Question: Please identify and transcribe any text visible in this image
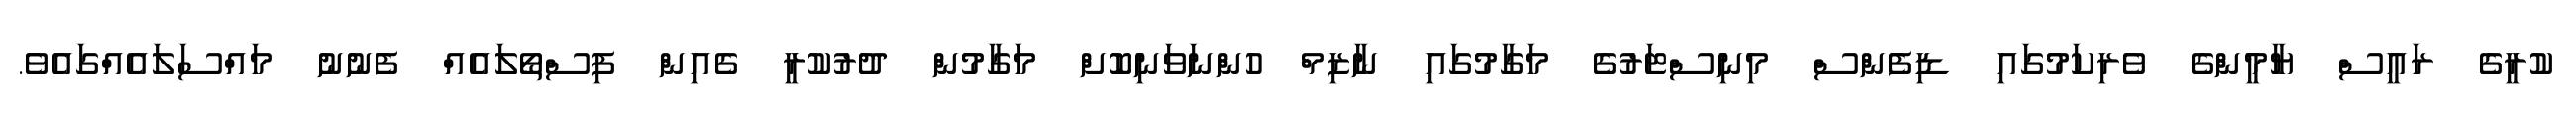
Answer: ކުރީގެ ރައީސް ޔާމީންގެ ވެރިކަމުގައި ޑިފެންސް މިނިސްޓަރުގެ މަގާމުގައި ނާޒިމް ހުންނަވަނިކޮށް މަގާމުން ދުރުކުރީ ގެއިން ފިސްތޯލައެއް ފެނުނު މައްސަލައެއްގައެވެ.